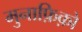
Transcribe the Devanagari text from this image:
मुनाफ़िक़ो